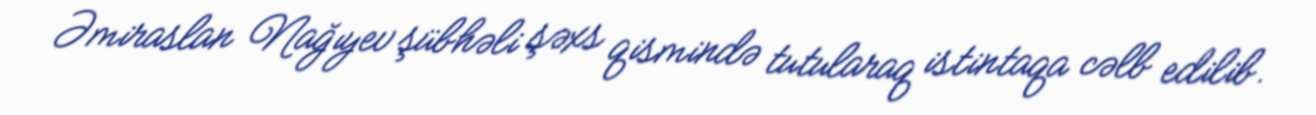
Əmiraslan Nağıyev şübhəli şəxs qismində tutularaq istintaqa cəlb edilib.